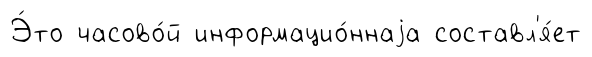
Э́то часово́й информацио́ннаjа составл'я́ет